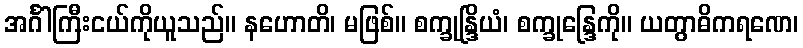
အင်္ဂါကြီးငယ်ကိုယူသည်။ နဟောတိ၊ မဖြစ်။ စက္ခုန္ဒြိယံ၊ စက္ခုန္ဒြေကို။ ယတွာဓိကရဏေ၊